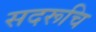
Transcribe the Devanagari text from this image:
सदरूचि